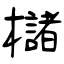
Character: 櫧